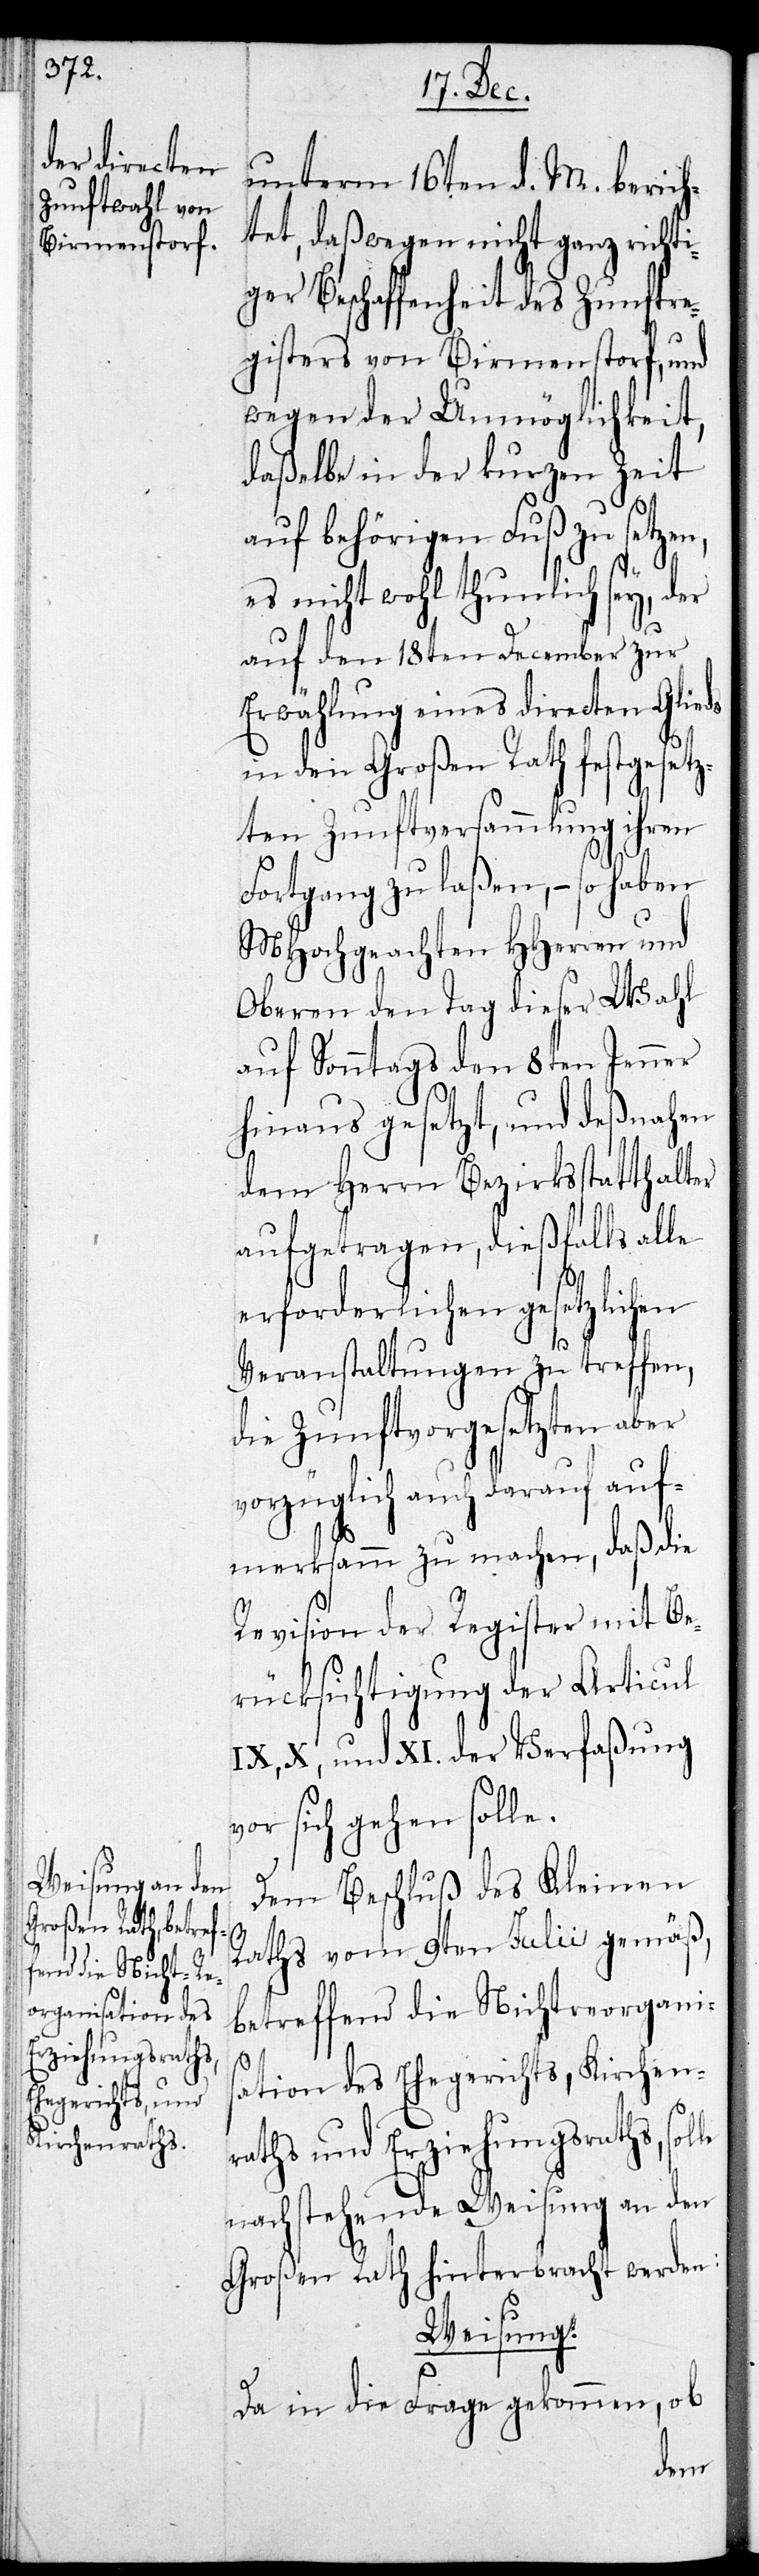
unterm 16ten d. M. berich¬
tet, daß wegen nicht ganz richti¬
ger Beschaffenheit des Zunftre¬
gisters von Birmensdorf, und
wegen der Unmöglichkeit,
daßelbe in der kurzen Zeit
auf behörigen Fuß zu setzen,
es nicht wohl thunlich sey, der
auf den 18ten December zur
Erwählung eines directen Glie¬
in den Großen Rath festgesetz¬
ten Zunftversammlung ihren
Fortgang zu laßen, – so haben
MHochgeachten HHerren und
Oberen den Tag dieser Wahl
auf Sonntags den 8ten Jenner
hinaus gesetzt, und desnahen
dem Herrn Bezirksstatthalter
aufgetragen, dießfalls alle
erforderlichen gesetzlichen
Veranstaltungen zu treffen,
die Zunftvorgesetzten aber
vorzüglich auch darauf auf¬
merksam zu machen, daß die
Revision der Register mit Be¬
rücksichtigung der Articul
IX, X, und XI. der Verfaßung
sich gehen solle.
Dem Beschluß des Kleinen
Raths vom 9ten Julii gemäß,
betreffend die Nichtreorgani¬
sation des Ehegerichts, Kirchen¬
raths und Erziehungsraths, sol¬
nachstehende Weisung an den
Großen Rath hinterbracht werden:
Weisung:
Da in die Frage gekommen, ob
le